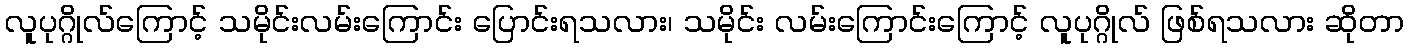
လူပုဂ္ဂိုလ်ကြောင့် သမိုင်းလမ်းကြောင်း ပြောင်းရသလား၊ သမိုင်း လမ်းကြောင်းကြောင့် လူပုဂ္ဂိုလ် ဖြစ်ရသလား ဆိုတာ